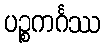
ပဉ္စကင်္ဂဿ